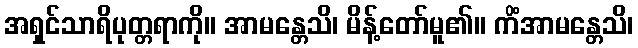
အရှင်သာရိပုတ္တရာကို။ အာမန္တေသိ၊ မိန့်တော်မူ၏။ ကိံအာမန္တေသိ၊